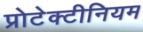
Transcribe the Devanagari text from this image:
प्रोटेक्टीनियम